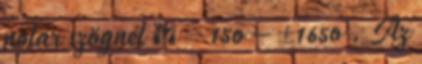
polár szögnél θ = 15o – ±165o . Az